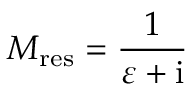
M _ { \mathrm { { r e s } } } = \frac { 1 } { \varepsilon + \mathrm { { i } } }